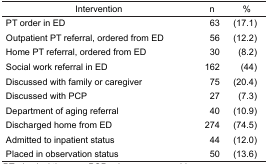
<table><thead><tr><td><b>Intervention</b></td><td><b>n</b></td><td><b>%</b></td></tr></thead><tbody><tr><td>PT order in ED</td><td>63</td><td>(17.1)</td></tr><tr><td>Outpatient PT referral, ordered from ED</td><td>56</td><td>(12.2)</td></tr><tr><td>Home PT referral, ordered from ED</td><td>30</td><td>(8.2)</td></tr><tr><td>Social work referral in ED</td><td>162</td><td>(44)</td></tr><tr><td>Discussed with family or caregiver</td><td>75</td><td>(20.4)</td></tr><tr><td>Discussed with PCP</td><td>27</td><td>(7.3)</td></tr><tr><td>Department of aging referral</td><td>40</td><td>(10.9)</td></tr><tr><td>Discharged home from ED</td><td>274</td><td>(74.5)</td></tr><tr><td>Admitted to inpatient status</td><td>44</td><td>(12.0)</td></tr><tr><td>Placed in observation status</td><td>50</td><td>(13.6)</td></tr></tbody></table>